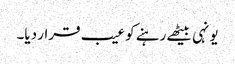
یونہی بیٹھے رہنے کو عیب قرار دیا۔